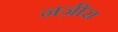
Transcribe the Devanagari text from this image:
नज़ीरा